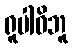
ရူပါဓိဘူ